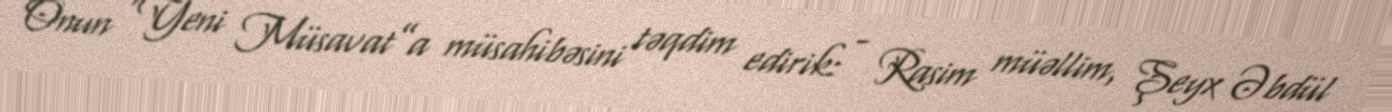
Onun “Yeni Müsavat”a müsahibəsini təqdim edirik: - Rasim müəllim, Şeyx Əbdül